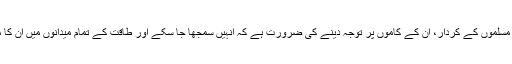
ہمیں دنیا کے مختلف اقسام کے غیر مسلموں کے کردار، ان کے کاموں پر توجہ دینے کی ضرورت ہے کہ انہیں سمجھا جا سکے اور طاقت کے تمام میدانوں میں ان کا مقابلہ کرنے کی سبیل کی جا سکے۔